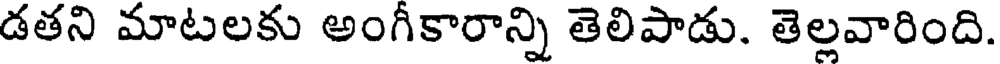
డతని మాటలకు అంగీకారాన్ని తెలిపాడు. తెల్లవారింది.